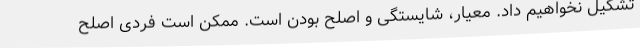
تشکیل نخواهیم داد. معیار، شایستگی و اصلح بودن است. ممکن است فردی اصلح